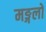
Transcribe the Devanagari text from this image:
मङ्गलो